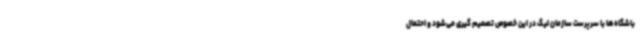
باشگاه‌ها با سرپرست سازمان لیگ در این خصوص تصمیم گیری می‌شود و احتمال